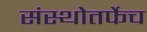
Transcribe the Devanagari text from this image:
संस्थोतर्फेच